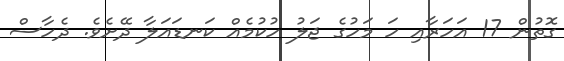
ގޮތުން 17 އަހަރާއި ހަ މަހުގެ ޖަލު ހުކުމެއް ކަނޑައަލާ ދޭށެވެ. ދެހާސް